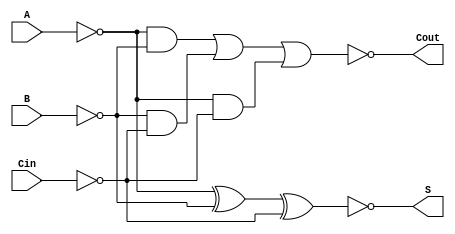
module NegativeCircuitFullAdder (
    input wire A,      // Active low first input
    input wire B,      // Active low second input
    input wire Cin,    // Active low carry-in
    output wire S,     // Active low sum output
    output wire Cout   // Active low carry-out output
);

// Internal signals for the XOR and carry calculations
wire A_n, B_n, Cin_n;
wire sum_temp, carry_temp;

// Invert the inputs to work with active low logic
assign A_n = ~A;
assign B_n = ~B;
assign Cin_n = ~Cin;

// Calculate the sum using XOR logic (A XOR B XOR Cin)
// S = NOT(A XOR B XOR Cin) => S = ~(A_n XOR B_n XOR Cin_n)
assign sum_temp = A_n ^ B_n ^ Cin_n;
assign S = ~sum_temp; // Invert the sum for active low output

// Calculate the carry-out using the carry logic
// Cout = NOT((A AND B) OR (B AND Cin) OR (A AND Cin))
// Cout = ~(A_n AND B_n) OR (B_n AND Cin_n) OR (A_n AND Cin_n)
assign carry_temp = (A_n & B_n) | (B_n & Cin_n) | (A_n & Cin_n);
assign Cout = ~carry_temp; // Invert carry for active low output

endmodule